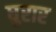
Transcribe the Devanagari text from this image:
घुरार